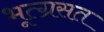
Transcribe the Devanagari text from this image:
भूत्ग्रसत